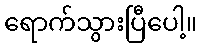
ရောက်သွားပြီပေါ့။